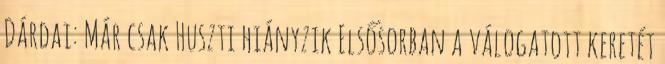
Dárdai: Már csak Huszti hiányzik Elsősorban a válogatott keretét